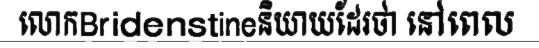
លោកBridenstineនិយាយដែរថា នៅពេល